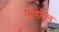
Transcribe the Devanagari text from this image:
थोडकेच